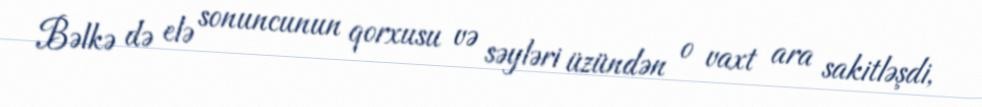
Bəlkə də elə sonuncunun qorxusu və səyləri üzündən o vaxt ara sakitləşdi,